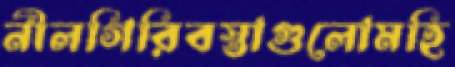
নীলগিরিবস্তাগুলোমহি